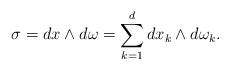
LaTeX: \begin{align*}\sigma = dx \wedge d\omega = \sum_{k=1}^d dx_k \wedge d\omega_k.\end{align*}